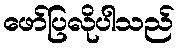
ဖော်ပြလိုပါသည်